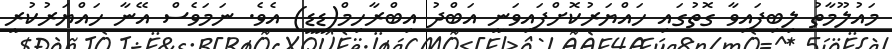
މައުލޫމާތު ލިބިފައިވާ ގޮތުގައި ހައްޔަރުކޮށްފައިވަނީ އަބްދު އިބްރާހިމް(ޑީޑީ) އެވެ. ނަމަވެސް އޭނާ ހައްޔަރުކުރީ